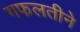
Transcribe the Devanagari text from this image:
गफलतीने